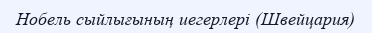
Нобель сыйлығының иегерлері (Швейцария)